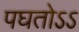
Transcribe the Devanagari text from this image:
पघतोऽऽ